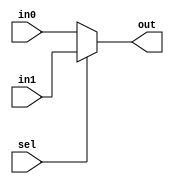
module mux128 (out, in0, in1, sel);
	input [127:0] in0,in1;
	input sel;
	output [127:0] out;
	
	assign out = sel ? in1 : in0;
endmodule